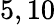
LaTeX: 5,10